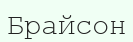
Брайсон